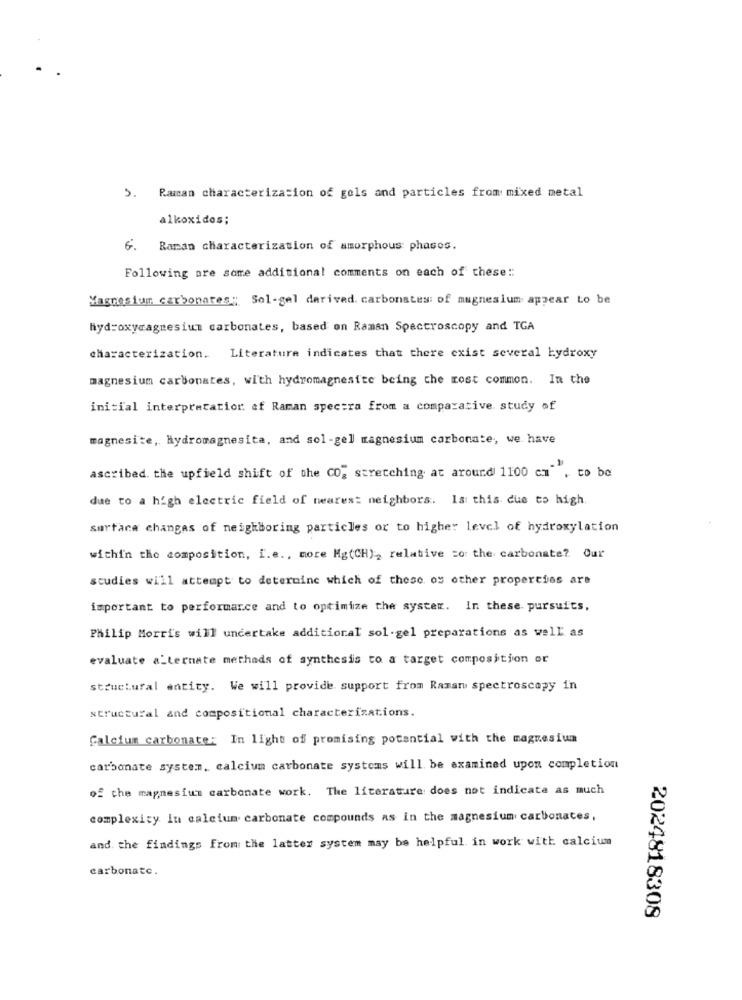
5. Raman characterization of gels and particles from: mixed metal
alkoxidos;
6. Raman characterization of amorphous phases.
Following are some additional comments on each of these ::
Magnesium carbonates: Sol-gel derived carbonates: of magnesium appear to be
hydroxymagnesium carbonates, based on Raman Spectroscopy and TGA
characterization. Literature indicates that there exist several hydroxy
magnesium carbonates, with hydromagnesite being the most common. In the
initial interpretation of Raman spectra from a comparative study of
magnesite, Hydromagnesita, and sol-gel magnesium carbonate, we have
ascribed. the upfield shift of the CO, stretching at around 1100 cm" . to be
due to a high electric field of nearest neighbors. Is this due to high.
surface changas of neighboring particles or to higher level of hydroxylation
within the composition, i.e ., more Mg(CH), relative co: the carbonate? Our
studies will attempt to determine which of these os other properties are
important to performance and to optimize the syster. In these pursuits,
Philip Morris will undertake additional sol-gel preparations as well as
evaluate a_ternate methods of synthesis to a target composition or
structural entity. We will provide support from Raman spectroscopy in
structural and compositional characterizations.
Calcium carbonate: In light of promising potential with the magnesium
carbonate system, calcium carbonate systems will be examined upon completion
of the magnesium carbonate work. The literature does not indicate as much
complexity In calcium carbonate compounds as in the magnesium carbonates,
and the findings from the latter system may be helpful in work with calcium
carbonate.
2024818308